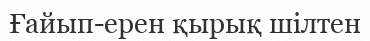
Ғайып-ерен қырық шілтен